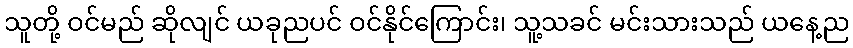
သူတို့ ဝင်မည် ဆိုလျင် ယခုညပင် ဝင်နိုင်ကြောင်း၊ သူ့သခင် မင်းသားသည် ယနေ့ည